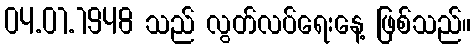
04.01.1948 သည် လွတ်လပ်ရေးနေ့ ဖြစ်သည်။